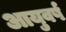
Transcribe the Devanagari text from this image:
आयुवर्ष